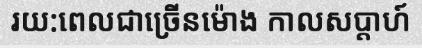
រយ:ពេលជាច្រើនម៉ោង កាលសប្តាហ៍